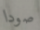
صودا